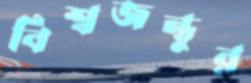
বিশ্বজন্তুর